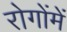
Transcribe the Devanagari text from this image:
रोगोंमें